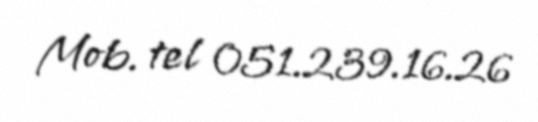
Mob. tel 051.239.16.26